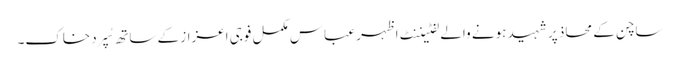
ساچن کے محاذ پر شہید ہونے والے لفٹیننٹ اظہر عباس مکمل فوجی اعزاز کے ساتھ سُپرد خاک۔